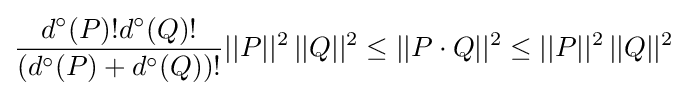
{\frac {d^{\circ }(P)!d^{\circ }(Q)!}{(d^{\circ }(P)+d^{\circ }(Q))!}}||P||^{2}\,||Q||^{2}\leq ||P\cdot Q||^{2}\leq ||P||^{2}\,||Q||^{2}